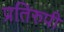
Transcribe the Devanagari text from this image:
प्रतिरुपी